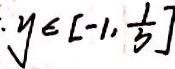
y \in [ - 1 , \frac { 1 } { 3 } ]